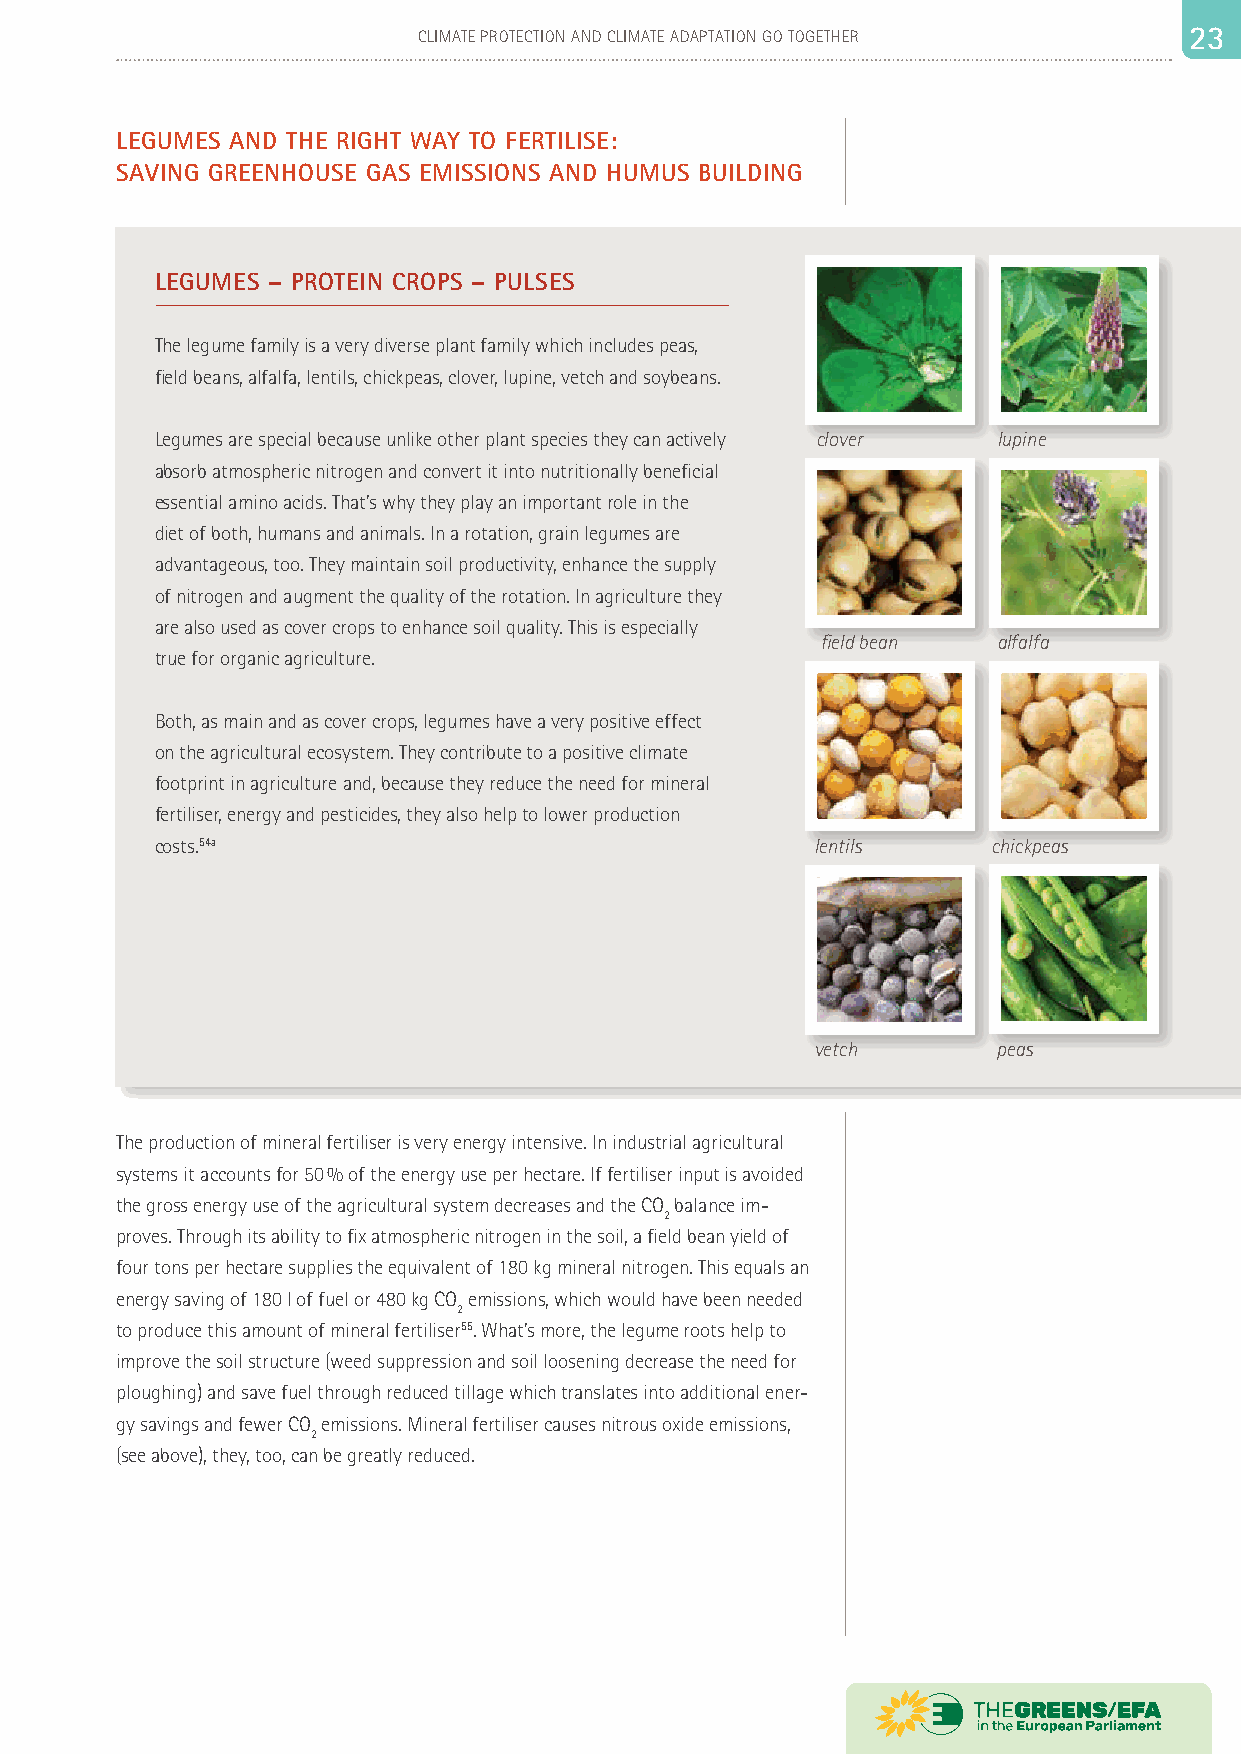
22                          CLIMATE PROTECTION AND CLIMATE ADAPTATION GO TOGETHER 22 33
 LEGUMES AND THE RIGHT WAY TO FERTILISE:
 SAVING GREENHOUSE GAS EMISSIONS AND HUMUS BUILDING
 LEGUMES – PROTEIN CROPS – PULSES
 The legume family is a very diverse plant family which includes peas,
 field beans, alfalfa, lentils, chickpeas, clover, lupine, vetch and soybeans.
 Legumes are special because unlike other plant species they can actively clover lupine
 absorb atmospheric nitrogen and convert it into nutritionally beneficial
 essential amino acids. That’s why they play an important role in the
 diet of both, humans and animals. In a rotation, grain legumes are
 advantageous, too. They maintain soil productivity, enhance the supply
 of nitrogen and augment the quality of the rotation. In agriculture they
 are also used as cover crops to enhance soil quality. This is especially
 field bean  alfalfa
 true for organic agriculture.
 Both, as main and as cover crops, legumes have a very positive effect
 on the agricultural ecosystem. They contribute to a positive climate
 footprint in agriculture and, because they reduce the need for mineral
 fertiliser, energy and pesticides, they also help to lower production
 costs.54a                                   lentils     chickpeas
 vetch       peas
 The production of mineral fertiliser is very energy intensive. In industrial agricultural
 systems it accounts for 50 % of the energy use per hectare. If fertiliser input is avoided
 the gross energy use of the agricultural system decreases and the CO balance im-
 2
 proves. Through its ability to fix atmospheric nitrogen in the soil, a field bean yield of
 four tons per hectare supplies the equivalent of 180 kg mineral nitrogen. This equals an
 energy saving of 180 l of fuel or 480 kg CO emissions, which would have been needed
 2
 to produce this amount of mineral fertiliser55. What’s more, the legume roots help to
 improve the soil structure (weed suppression and soil loosening decrease the need for
 ploughing) and save fuel through reduced tillage which translates into additional ener-
 gy savings and fewer CO emissions. Mineral fertiliser causes nitrous oxide emissions,
 2
 (see above), they, too, can be greatly reduced.